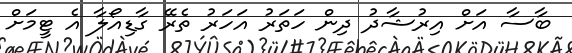
ބާސާ އަށް އިރުޝާދު ދިން ހަތަރު އަހަރު ތެރޭ ގާޑިއޯލާ އެ ޓީމަށް